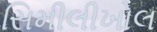
સિમીલીખોલ